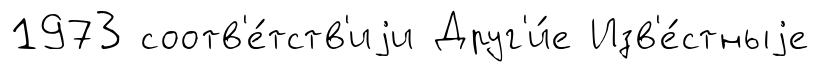
1973 соотв'е́тств'иjи Друг'и́е Изв'е́стныjе